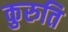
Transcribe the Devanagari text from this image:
कुरुति